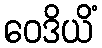
ဝေဒိယိံ